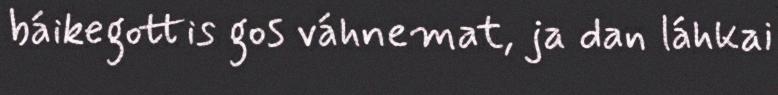
báikegottis gos váhnemat, ja dan láhkai